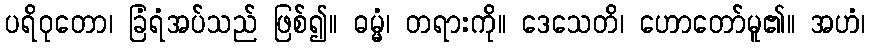
ပရိဝုတော၊ ခြံရံအပ်သည် ဖြစ်၍။ ဓမ္မံ၊ တရားကို။ ဒေသေတိ၊ ဟောတော်မူ၏။ အဟံ၊